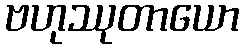
ဗဟုဿုတာယော